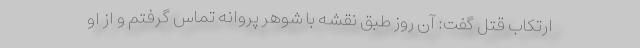
ارتکاب قتل گفت: آن روز طبق نقشه با شوهر پروانه تماس گرفتم و از او